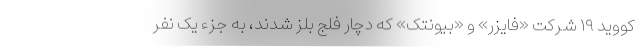
کووید ۱۹ شرکت «فایزر» و «بیونتک» که دچار فلج بلز شدند، به جزء یک نفر